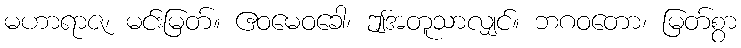
မဟာရာဇ၊ မင်းမြတ်။ ဧဝမေဝခေါ၊ ဤအတူသာလျှင်။ ဘဂဝတော၊ မြတ်စွာ